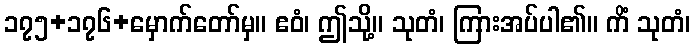
၁၇၅+၁၇၆+မှောက်တော်မှ။ ဧဝံ၊ ဤသို့။ သုတံ၊ ကြားအပ်ပါ၏။ ကိံ သုတံ၊